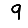
Digit: 9